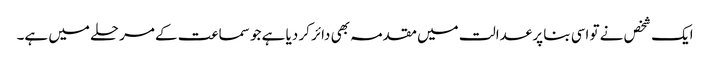
ایک شخص نے تو اسی بنا پر عدالت میں مقدمہ بھی دائر کر دیا ہے جو سماعت کے مرحلے میں ہے۔